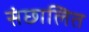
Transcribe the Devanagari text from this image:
संछालित